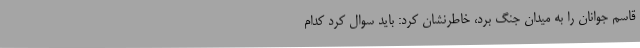
قاسم جوانان را به میدان جنگ برد، خاطرنشان کرد: باید سوال کرد کدام